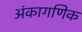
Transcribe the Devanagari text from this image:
अंकागणिक